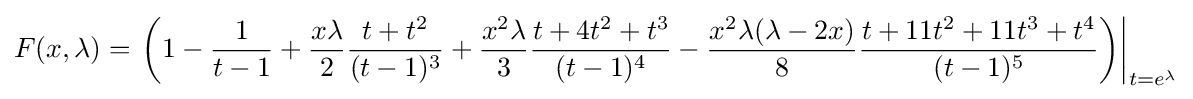
F(x,\lambda )=\left.\left(1-{\frac {1}{t-1}}+{\frac {x\lambda }{2}}{\frac {t+t^{2}}{(t-1)^{3}}}+{\frac {x^{2}\lambda }{3}}{\frac {t+4t^{2}+t^{3}}{(t-1)^{4}}}-{\frac {x^{2}\lambda (\lambda -2x)}{8}}{\frac {t+11t^{2}+11t^{3}+t^{4}}{(t-1)^{5}}}\right)\right\vert _{t=e^{\lambda }}